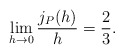
\begin{align*} \begin{aligned} \lim _{h\rightarrow 0}\frac{j_P(h)}{h}=\frac{2}{3}. \end{aligned} \end{align*}